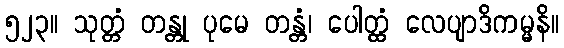
၅၂၃။ သုတ္တံ တန္တု ပုမေ တန္တံ၊ ပေါတ္ထံ လေပျာဒိကမ္မနိ။